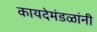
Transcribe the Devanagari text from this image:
कायदेमंडळांनी